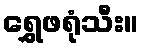
ရွှေဖရုံသီး။